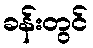
ခန်းတွင်